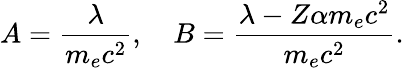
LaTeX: A=\frac{\lambda}{m_{e}c^{2}},\quad B=\frac{\lambda-Z\alpha m_{e}c^{2}}{m_{e}c^{2}}.